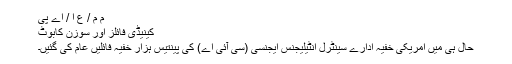
م م / ع ا / اے پی
کینیڈی فائلز اور سوزن کابوٹ
حال ہی میں امریکی خفیہ ادارے سینٹرل انٹیلیجنس ایجنسی (سی آئی اے) کی پینتیس ہزار خفیہ فائلیں عام کی گئیں۔